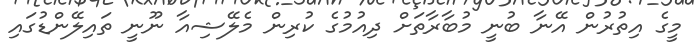
މީގެ އިތުރުން އޭނާ ބުނީ މުބާރާތަށް ދިއުމުގެ ކުރިން މެލޭޝިއާ ނޫނީ ތައިލޭންޑުގައި